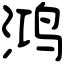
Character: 鸿